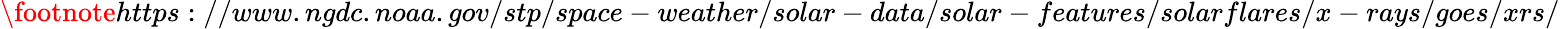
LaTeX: \footnote{https://www.ngdc.noaa.gov/stp/space-weather/solar-data/solar-features/solarflares/x-rays/goes/xrs/}